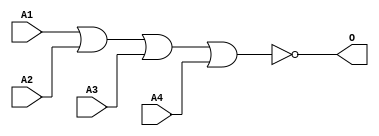
module JNOR4E(A1, A2, A3, A4, O);
input   A1;
input   A2;
input   A3;
input   A4;
output  O;
nor g0(O, A1, A2, A3, A4);
endmodule